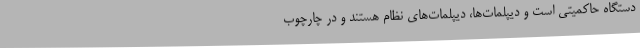
دستگاه حاکمیتی است و دیپلمات‌ها، دیپلمات‌های نظام هستند و در چارچوب